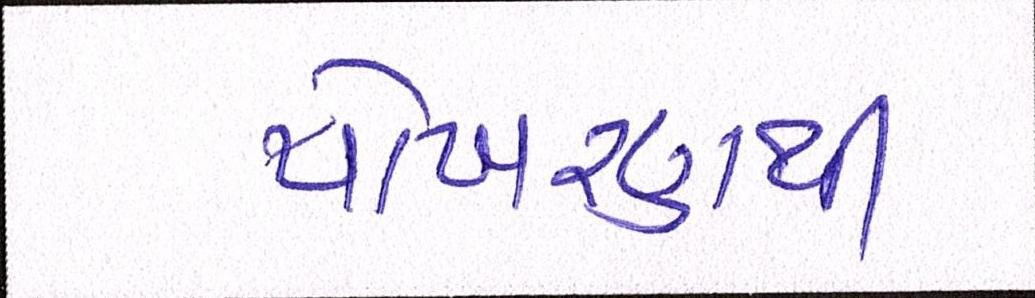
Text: પોખરણથી